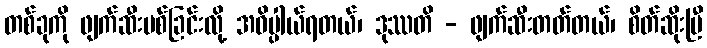
တစ်ခုကို ဖျက်ဆီးပစ်ခြင်းလို့ အဓိပ္ပါယ်ရတယ်၊ ဒုဿတိ - ဖျက်ဆီးတတ်တယ်၊ စိတ်ဆိုးပြီ